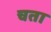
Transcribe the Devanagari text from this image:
चता